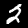
Label: 2